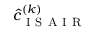
\hat { c } _ { \mathrm { ~ I ~ S ~ A ~ I ~ R ~ } } ^ { ( k ) }